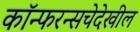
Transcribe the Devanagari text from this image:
कॉन्फरन्सचेदेखील